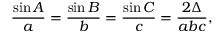
{ \frac { \sin A } { a } } = { \frac { \sin B } { b } } = { \frac { \sin C } { c } } = { \frac { 2 \Delta } { a b c } } ,